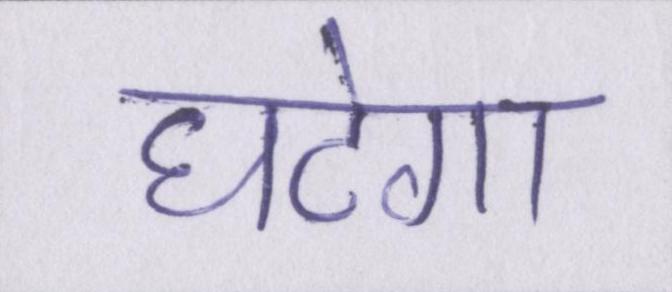
घटेगा